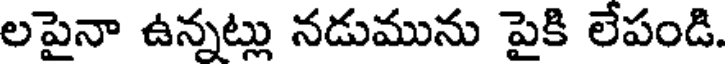
లపైనా ఉన్నట్లు నడుమును పైకి లేపండి.